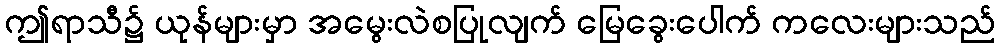
ဤရာသီ၌ ယုန်များမှာ အမွေးလဲစပြုလျက် မြေခွေးပေါက် ကလေးများသည်